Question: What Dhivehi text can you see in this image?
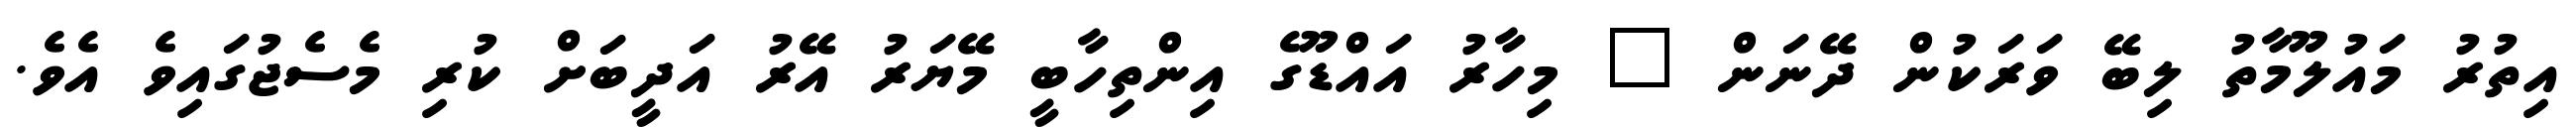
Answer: އިތުރު މައުލޫމާތު ލިބޭ ވަރަކުން ދޭނަން " މިހާރު އައްޑޫގެ އިންތިހާބީ މޭޔަރު އޭރު އަދީބަށް ކުރި މެސެޖުގައިވެ އެވެ.